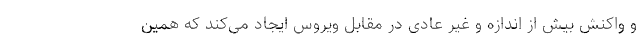
و واکنش بیش از اندازه و غیر عادی در مقابل ویروس ایجاد می‌کند که همین